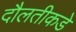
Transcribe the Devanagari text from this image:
दौलतीकडे